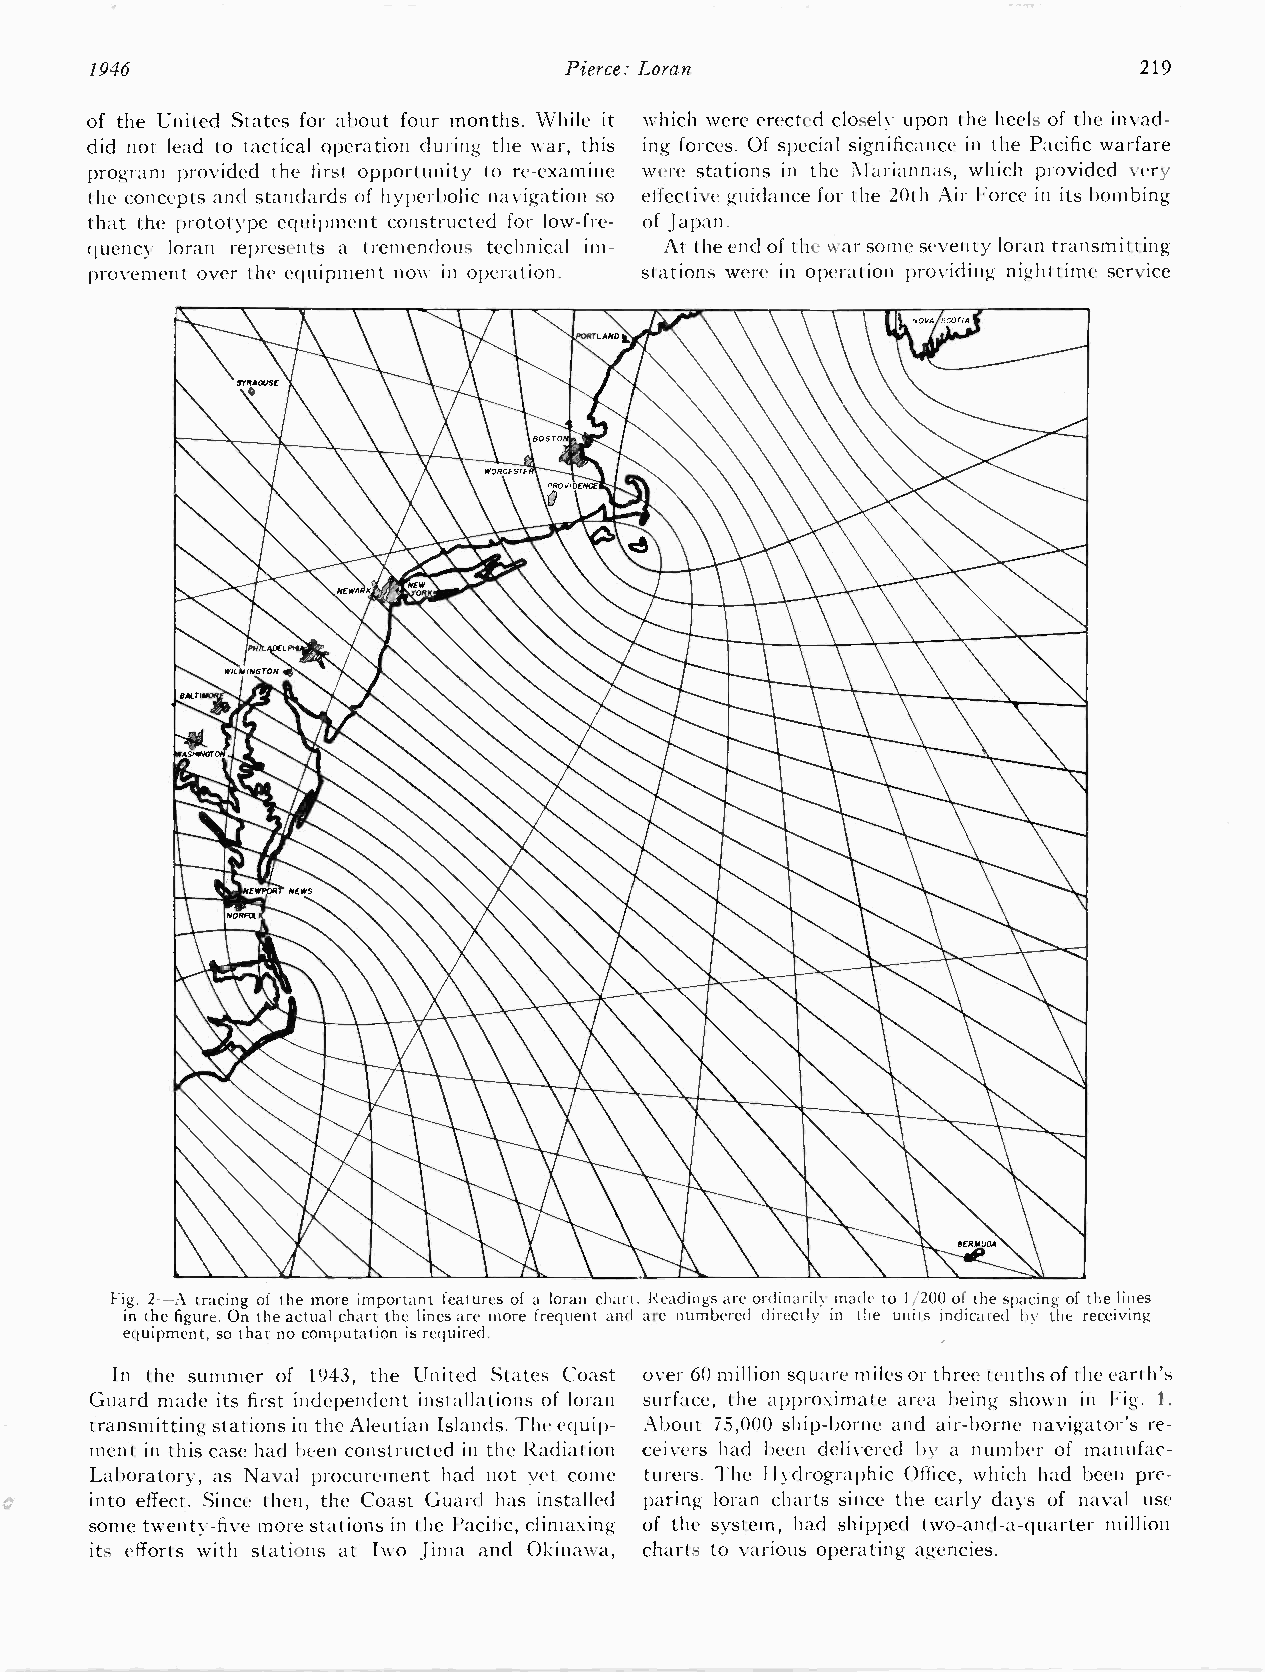
1946                           Pierce: Loran                         219
 of the United States for about four months. \Vhile it which were erected closely upon the heels of the invad-
 did not lead to tactical operation during- the Nvar, this ing forces. Of special significance in the Pacific warfare
 program provided the first opportunity to re-examine were stations in the Mariannas, which provided very -
 the concepts and standards of hyperbolic navigation so effective guidance for the 20th Air Force in its bombing
 that the prototype equipment constructed for low -fre- of Japan.
 quency loran represents a tremendous technical im- At the end of the war some seventy loran transmitting
 provement over the equipment now ill operation. stations were in operation providing nighttime service
 Fig. 2-A tracing of the more important features of a loran chart. Readings are ordinarily made to 1 /200 of the spacing of the lines
 in the figure. On the actual chart the lines are more frequent and are numbered directly in the units indicated by the receiving
 equipment, so that no computation is required.
 In the summer of 1943, the United States Coast over 60 million square miles or three tenths of the earth's
 Guard made its first independent installations of loran surface, the approximate area being shown in Fig. 1.
 transmitting stations in the Aleutian Islands. The equip- About 75,000 ship -borne and air -borne navigator's re-
 ment in this case had been constructed in the Radiation ceivers had been delivered by a number of manufac-
 Laboratory, as Naval procurement had not yet come turers. The Hvdrographic Office, which had been pre-
 into effect. Since then, the Coast Guard has installed paring loran charts since the early days of naval use
 some twenty-five more stations in the Pacific, climaxing of the system, had shipped two -and -a -quarter millio
 its efforts with stations at Iwo Jima and Okinawa, charts to various operating agencies.